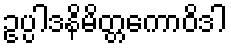
ဥပ္ပါဒနိမိတ္တကောဝိဒါ